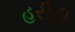
હરીરી